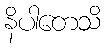
နိပါတေသိ